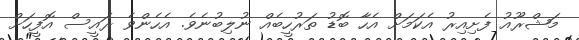
މަޝްރޫއު ފެށިިއިރު އެކަމަށް އެހާ ބޮޑު ތަރުހީބެއް ނުލިބުނެވެ. އެހެންވެ ރައީސް އޮފީހަށް